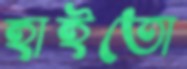
হাইতো